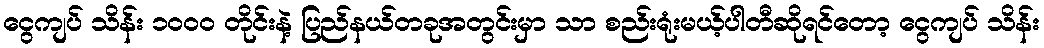
ငွေကျပ် သိန်း ၁၀၀၀ တိုင်းနဲ့ ပြည်နယ်တခုအတွင်းမှာ သာ စည်းရုံးမယ့်ပါတီဆိုရင်တော့ ငွေကျပ် သိန်း